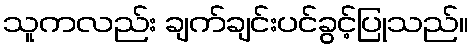
သူကလည်း ချက်ချင်းပင်ခွင့်ပြုသည်။